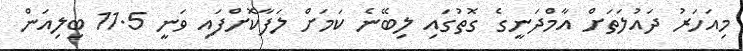
މިއަހަރު ދައުލަތަށް އާމްދަނީގެ ގޮތުގައި ލިބޭނެ ކަމަށް ލަފާކޮށްފައި ވަނީ 11.5 ބިލިއަން